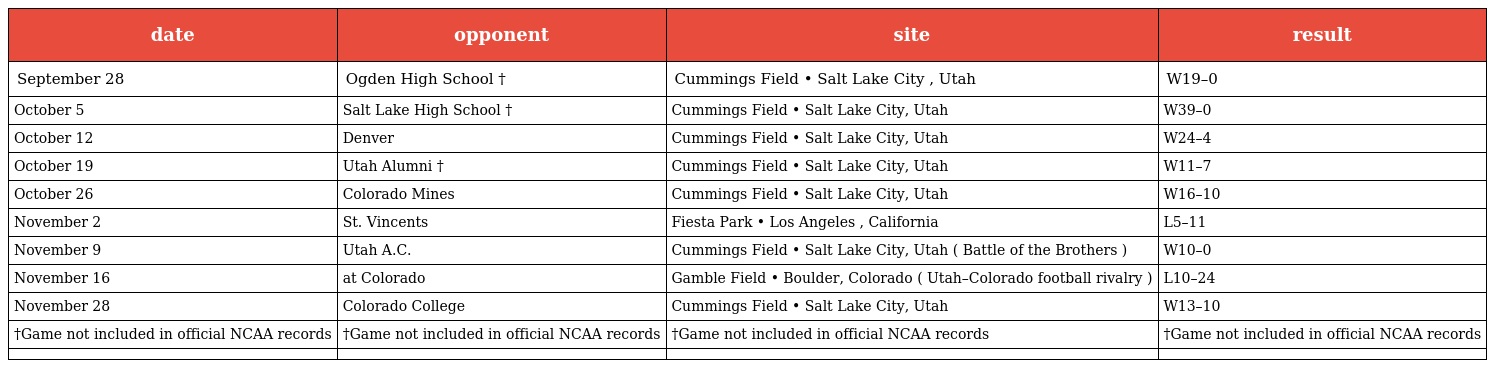
| date | opponent | site | result |
 | --- | --- | --- | --- |
 | September 28 | Ogden High School † | Cummings Field • Salt Lake City , Utah | W19–0 |
 | October 5 | Salt Lake High School † | Cummings Field • Salt Lake City, Utah | W39–0 |
 | October 12 | Denver | Cummings Field • Salt Lake City, Utah | W24–4 |
 | October 19 | Utah Alumni † | Cummings Field • Salt Lake City, Utah | W11–7 |
 | October 26 | Colorado Mines | Cummings Field • Salt Lake City, Utah | W16–10 |
 | November 2 | St. Vincents | Fiesta Park • Los Angeles , California | L5–11 |
 | November 9 | Utah A.C. | Cummings Field • Salt Lake City, Utah ( Battle of the Brothers ) | W10–0 |
 | November 16 | at Colorado | Gamble Field • Boulder, Colorado ( Utah–Colorado football rivalry ) | L10–24 |
 | November 28 | Colorado College | Cummings Field • Salt Lake City, Utah | W13–10 |
 | †Game not included in official NCAA records | †Game not included in official NCAA records | †Game not included in official NCAA records | †Game not included in official NCAA records |
 |  |  |  |  |